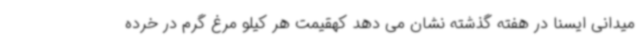
میدانی ایسنا در هفته گذشته نشان می دهد کهقیمت هر کیلو مرغ گرم در خرده